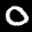
Label: 0